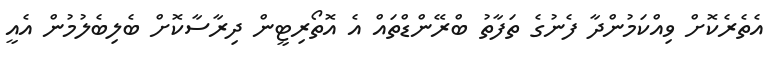
އެތެރެކޮށް ވިއްކަމުންދާ ފެނުގެ ތަފާތު ބްރޭންޑްތައް އެ އޮތޯރިޓީން ދިރާސާކޮށް ބެލިބެލުމުން އެއީ